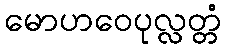
မောဟဝေပုလ္လတ္တံ